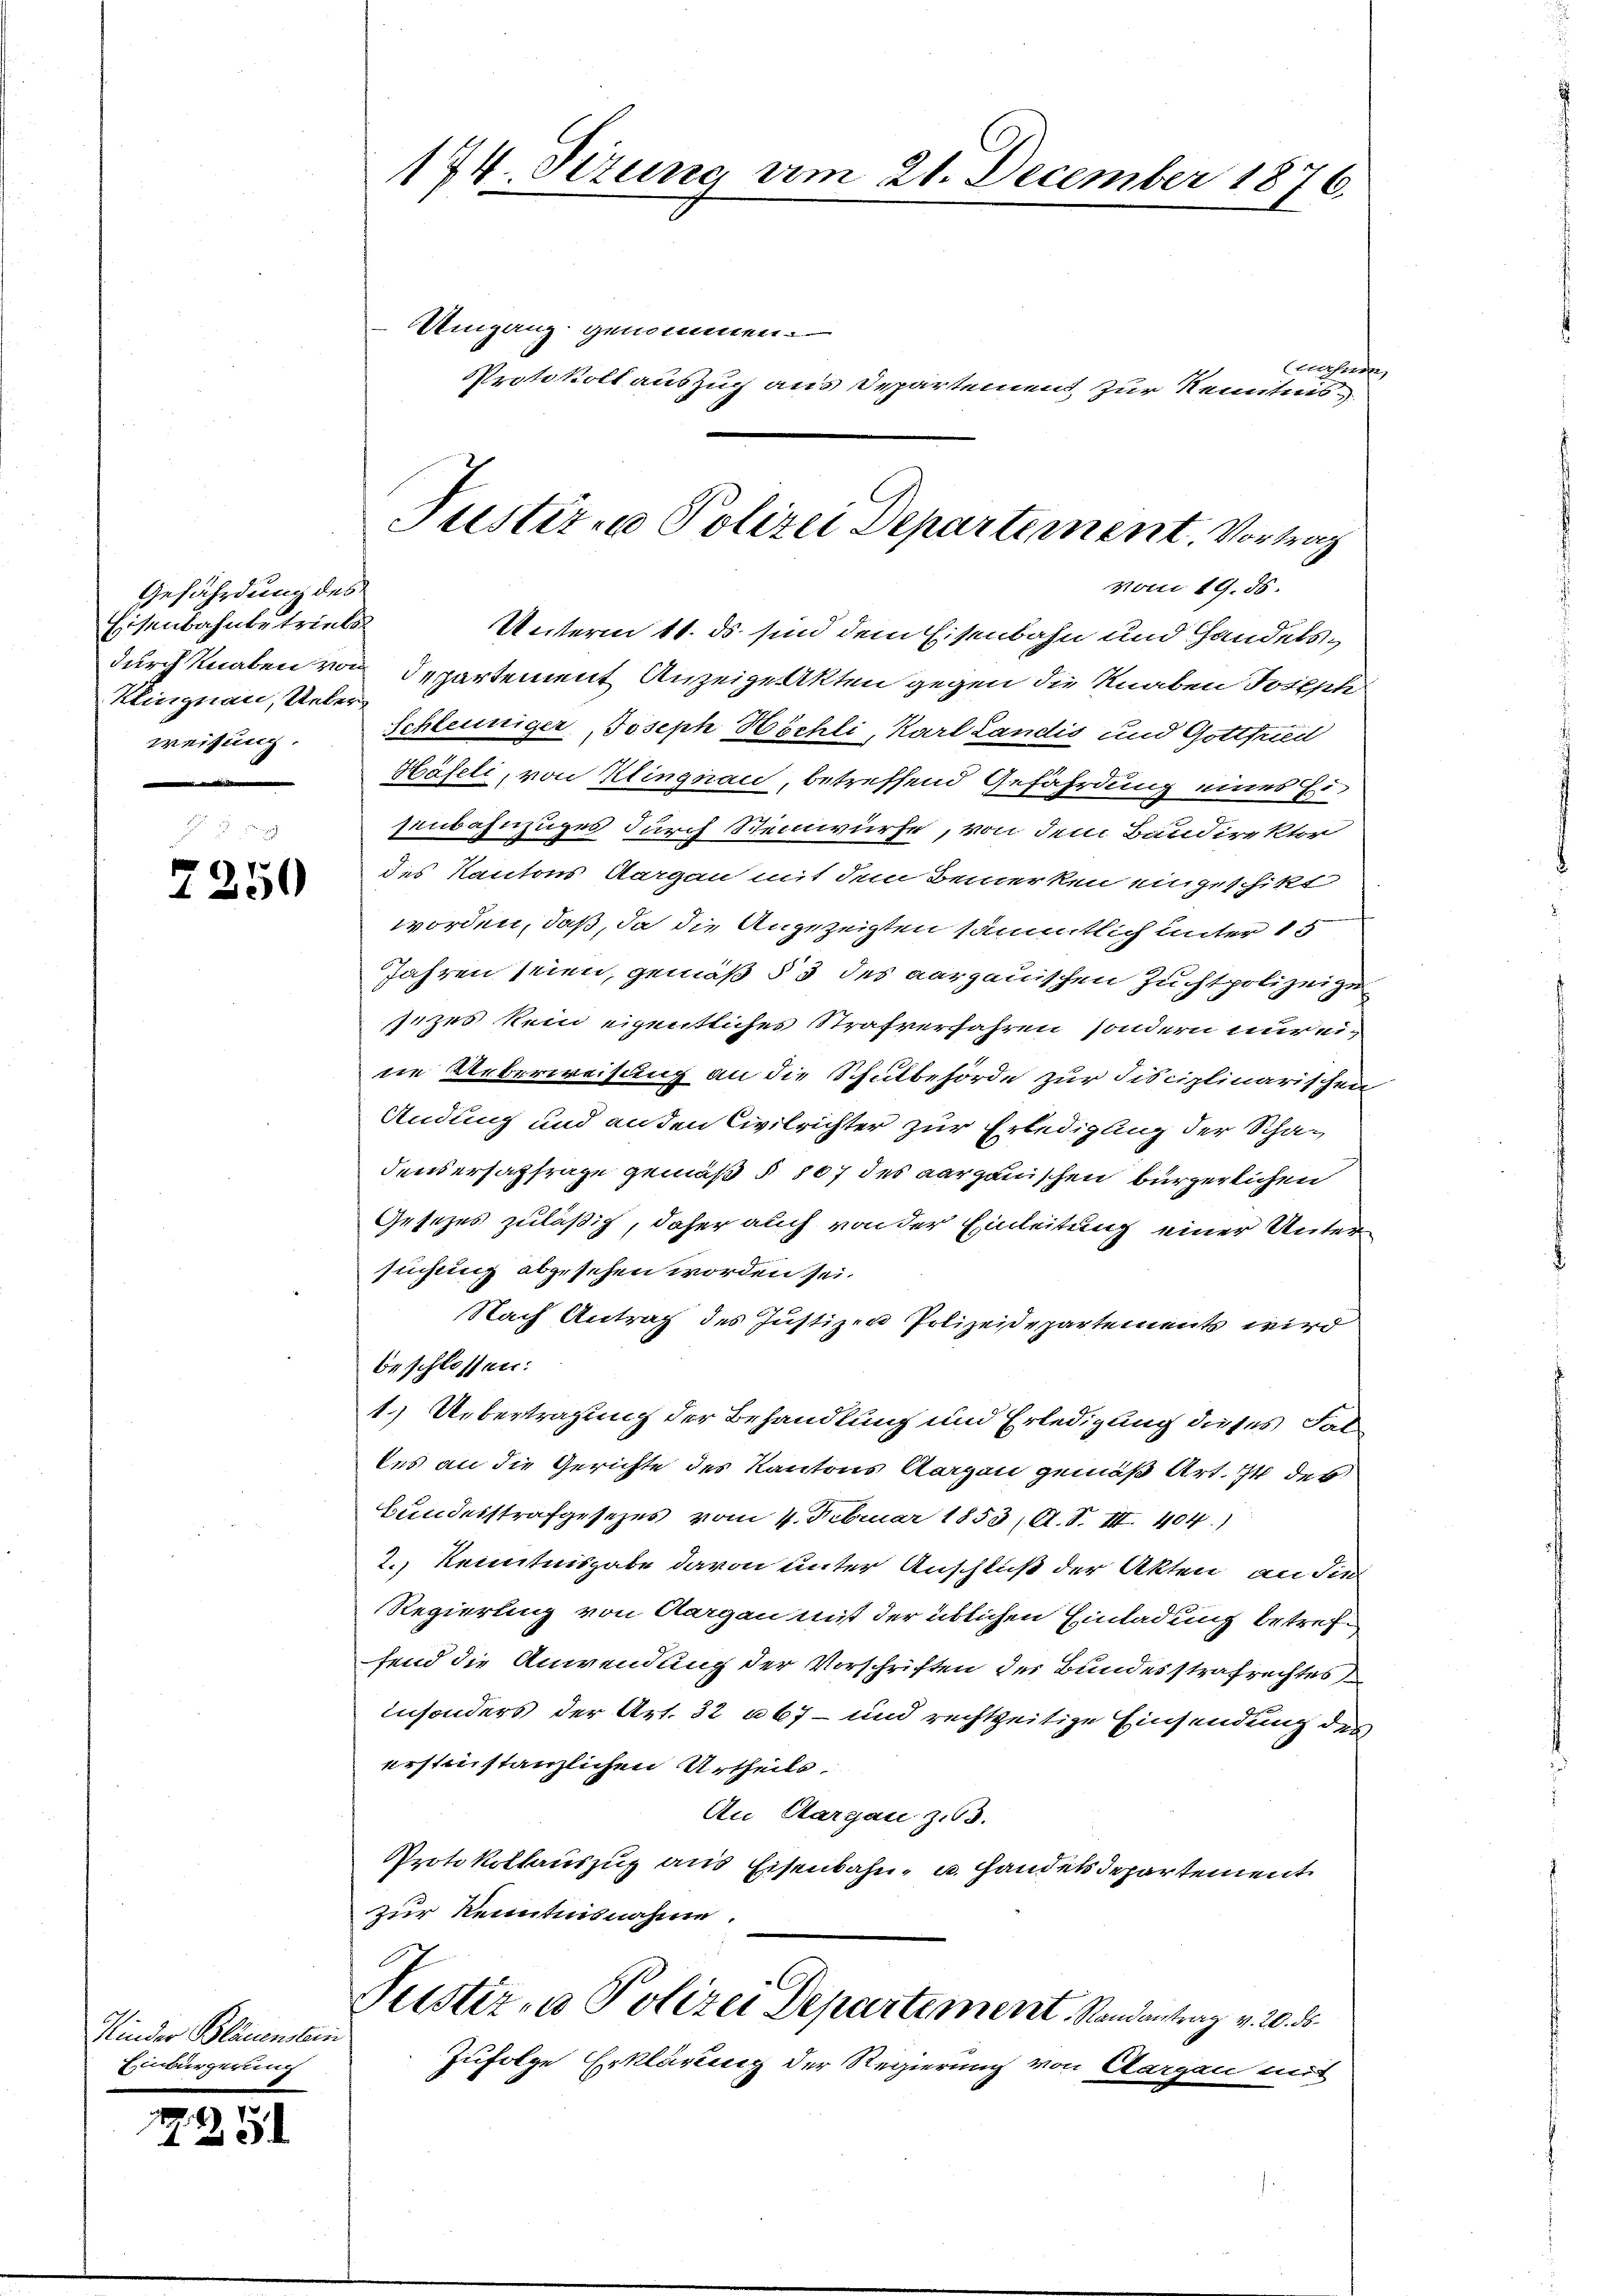
Gefährdung des
Eisenbahnbetriebs
Klingnau, Ueberweisung.

7250

Kinder Bläuenstein
Einbürgerung

77251

174. Sizung vom 21. December 1876.

Umgang genommen.
nahmen,
Protokoll auszug aus Departement zur Kenntnis
vom 19. 55.
Unterm 11. ds sind dem Eisenbahn und Handelsdurch Knaben von Departement Anzeige Akten gegen die Knaben Joseph
Schleuniger, Joseph Höchli, Karl Landis und Gottfried
Häfeli, von Klingnau, betreffend Gefährdung eines Eisenbahnzuges durch Steinwürfe, von dem Baudirektor
des Kantons Sorgen mit dem Bemerken eingeschikt
worden, daß, da die Angezeigten sämmtlich unter 15
Jahren seien, gemäß § 3 des aargauischen Zuchtpolizeize
sezes kein eigentliches Strafverfahren, sondern nur eine Ueberweisung an die Schulbehörde zur Fisciplinarischen
Andung und anden Civilrichter zur Erledigung der Schadensersagfrage gemäß § 107 des aargauischen bürgerlichen
Gesezes zuläßig, daher auch von der Einleitung einer Unter
suchung abgesehen worden sei.
Nach Antrag des Justizen Polizeidepartements wird
beschlossen:
1.) Uebertragung der Behandlung und Erledigung dieses Fade
les an die Gerichte des Kantons Aargau gemäß Art. In des
Bundesstrafgesezes vom 4. Februar 1853, A. S. III 404.)
2.) Kenntnisgabe davon unter Anschluß der Akten an dies
Regierung von Aargau mit der üblichen Einladung betreffend die Anwendung der Vorschriften des Bundesstrafrechtes
insonders der Art. 32 a67 - und rechtzeitige Einsendung des
erstinstanzlichen Urtheils.
An Aargau z.63.
Protokollauszug aus Eisenbahn- u. Handels departement
zur Kenntnisnahme.
Justiz- u Polizei Departement. Randantrag v. 20. d.
Zufolge Erklärung der Regierung von Aargau mit

Justizen Polizei Departement. Vortrag